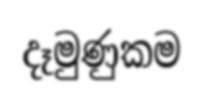
දෑමුණුකම